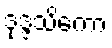
ဒုဒ္ဒသိကော